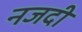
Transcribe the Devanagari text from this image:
नजदी